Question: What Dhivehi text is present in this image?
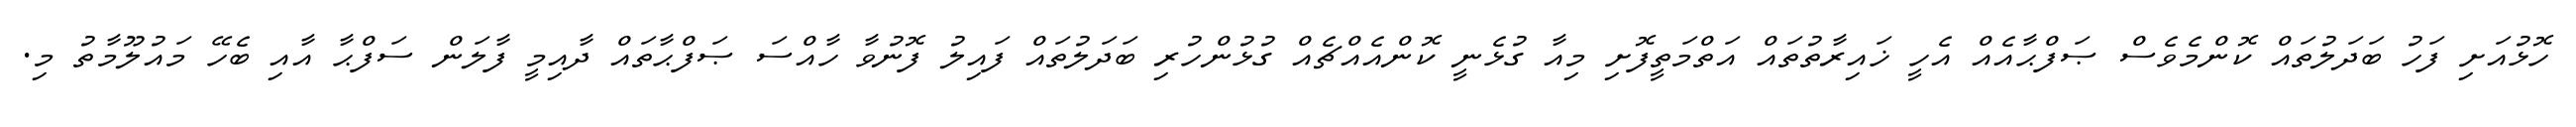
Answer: ހޮޅުއަށި ފަހު ބަދަލުތައް ކޮންމެވެސް ޞަފްޙާއެއް އެހީ ޚައިރާތުތައް އަތްމަތީފޮށި މިއާ ގުޅެނީ ކޮންއެއްޗެއް ގުޅުންހުރި ބަދަލުތައް ފައިލު ފޮނުވާ ހާއްސަ ޞަފްޙާތައް ދާއިމީ ފާލަން ސަފްޙާ އާއި ބެހޭ މައުލޫމާތު މި.